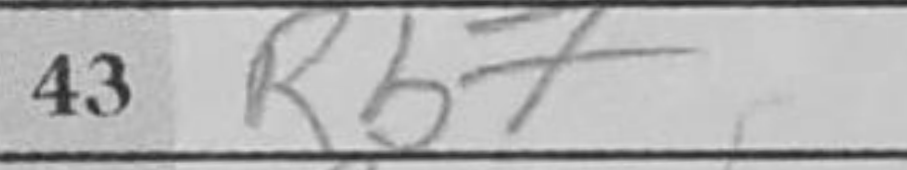
Transcription: Rb7